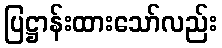
ပြဋ္ဌာန်းထားသော်လည်း